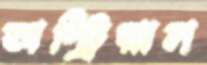
অস্ট্রিয়ান